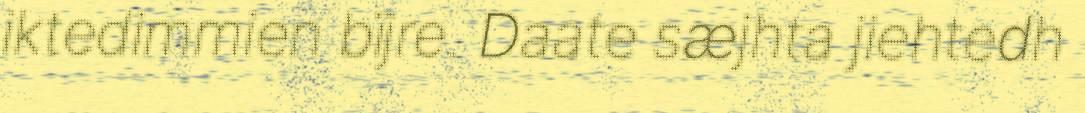
iktedimmien bïjre. Daate sæjhta jiehtedh